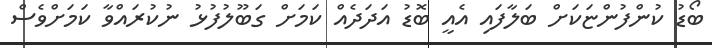
ބޯޑު ކުންފުންޏަކަށް ބަލާފައި އެއީ ބޮޑު އަދަދެއް ކަމަށް ގަބޫލުފުޅު ނުކުރައްވާ ކަމަށްވެސް